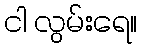
ငါ လွမ်းရေ။